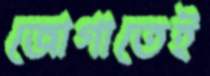
জোগাতেই